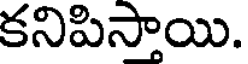
కనిపిసాయి.